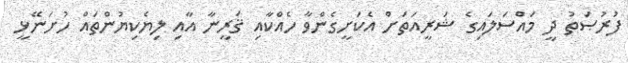
ފުރުޞަތު ދީ މައްސަލައިގެ ޝަރީއަތަށް އެކަށީގެންވާ ހެއްކާއި ޤަރީނާ އާއި ލިޔެކިޔުންތައް ހުށަނޭޅީ